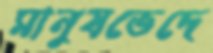
মানুষভেদে